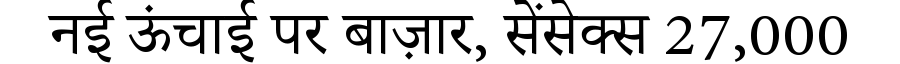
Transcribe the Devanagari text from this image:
नई ऊंचाई पर बाज़ार, सेंसेक्स 27,000